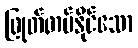
ဖြုတ်တပ်နိုင်သော